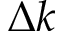
\Delta k